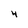
Character: 4